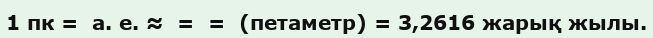
1 пк =  а. е. ≈  =  =  (петаметр) = 3,2616 жарық жылы.